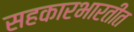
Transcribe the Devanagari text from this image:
सहकारभारतीत